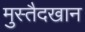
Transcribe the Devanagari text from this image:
मुस्तैदखान